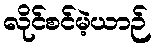
လိုင်စင်မဲ့ယာဉ်